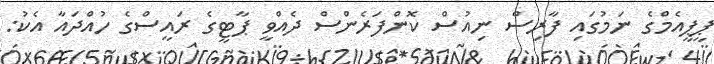
ޕީޕީއެމްގެ ނަމުގައި ފާރިސް ނިއުސް ކޮންފަރެންސް ދެއްވީ ޕާޓީގެ ރައީސްގެ ހުއްދައާ އެކު: